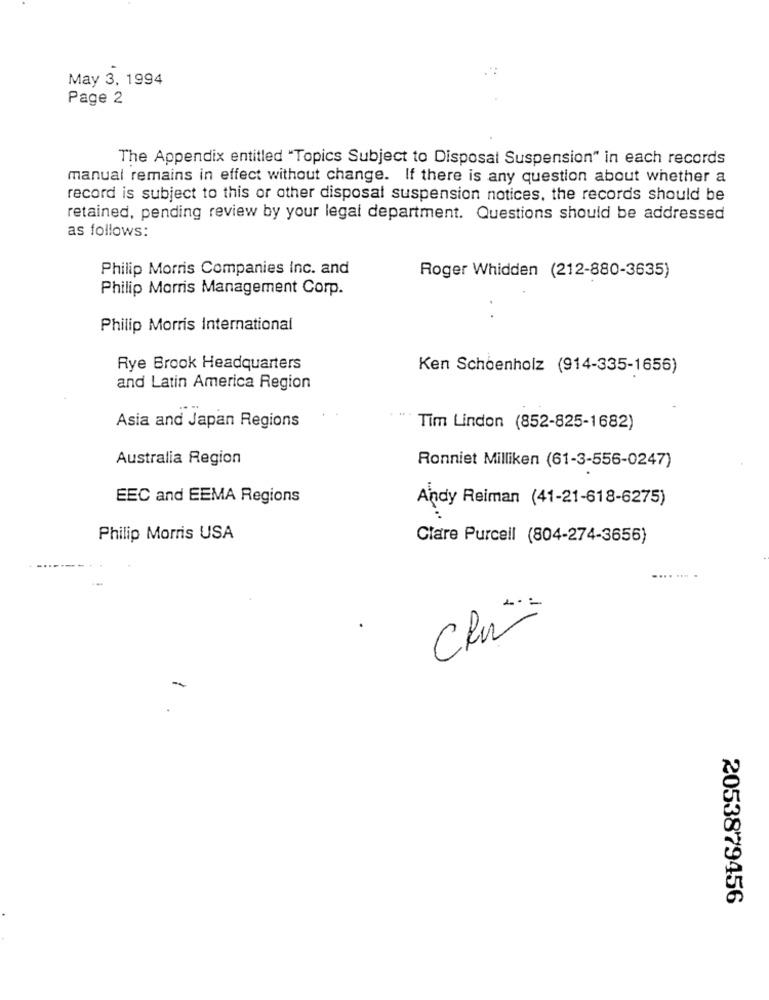
May 3, 1994
Page 2
The Appendix entitled "Topics Subject to Disposal Suspension" in each records
manual remains in effect without change. If there is any question about whether a
record is subject to this or other disposal suspension notices, the records should be
retained, pending review by your legal department. Questions should be addressed
as follows:
Philip Morris Companies Inc. and
Roger Whidden (212-880-3635)
Philip Morris Management Corp.
Philip Morris International
Rye Brook Headquarters
Ken Schoenholz (914-335-1656)
and Latin America Region
Asia and Japan Regions
Tim Lindon (852-825-1682)
Australia Region
Ronniet Milliken (61-3-556-0247)
EEC and EEMA Regions
Andy Reiman (41-21-618-6275)
Philip Morris USA
Clare Purcell (804-274-3656)
CRU
2053879456